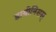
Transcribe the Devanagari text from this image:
डायोनिसस्